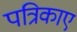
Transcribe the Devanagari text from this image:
पत्रिकाए